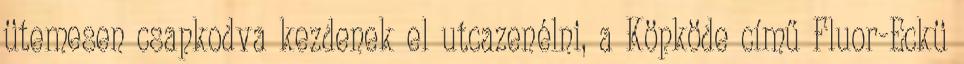
ütemesen csapkodva kezdenek el utcazenélni, a Köpköde című Fluor-Eckü